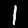
Label: 1